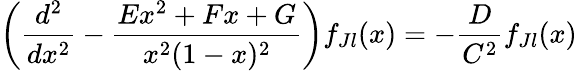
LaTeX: \left({\frac{d^{2}}{dx^{2}}}-{\frac{Ex^{2}+Fx+G}{x^{2}(1-x)^{2}}}\right)f_{Jl}(x)=-{\frac{D}{C^{2}}}f_{Jl}(x)